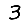
Digit: 3